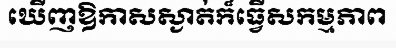
ឃើញឱកាសស្ងាត់ក៏ធ្វើសកម្មភាព